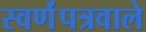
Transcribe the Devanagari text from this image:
स्वर्णंपत्रवाले